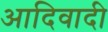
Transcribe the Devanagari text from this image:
आदिवादी